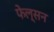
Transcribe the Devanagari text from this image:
फेल्सन